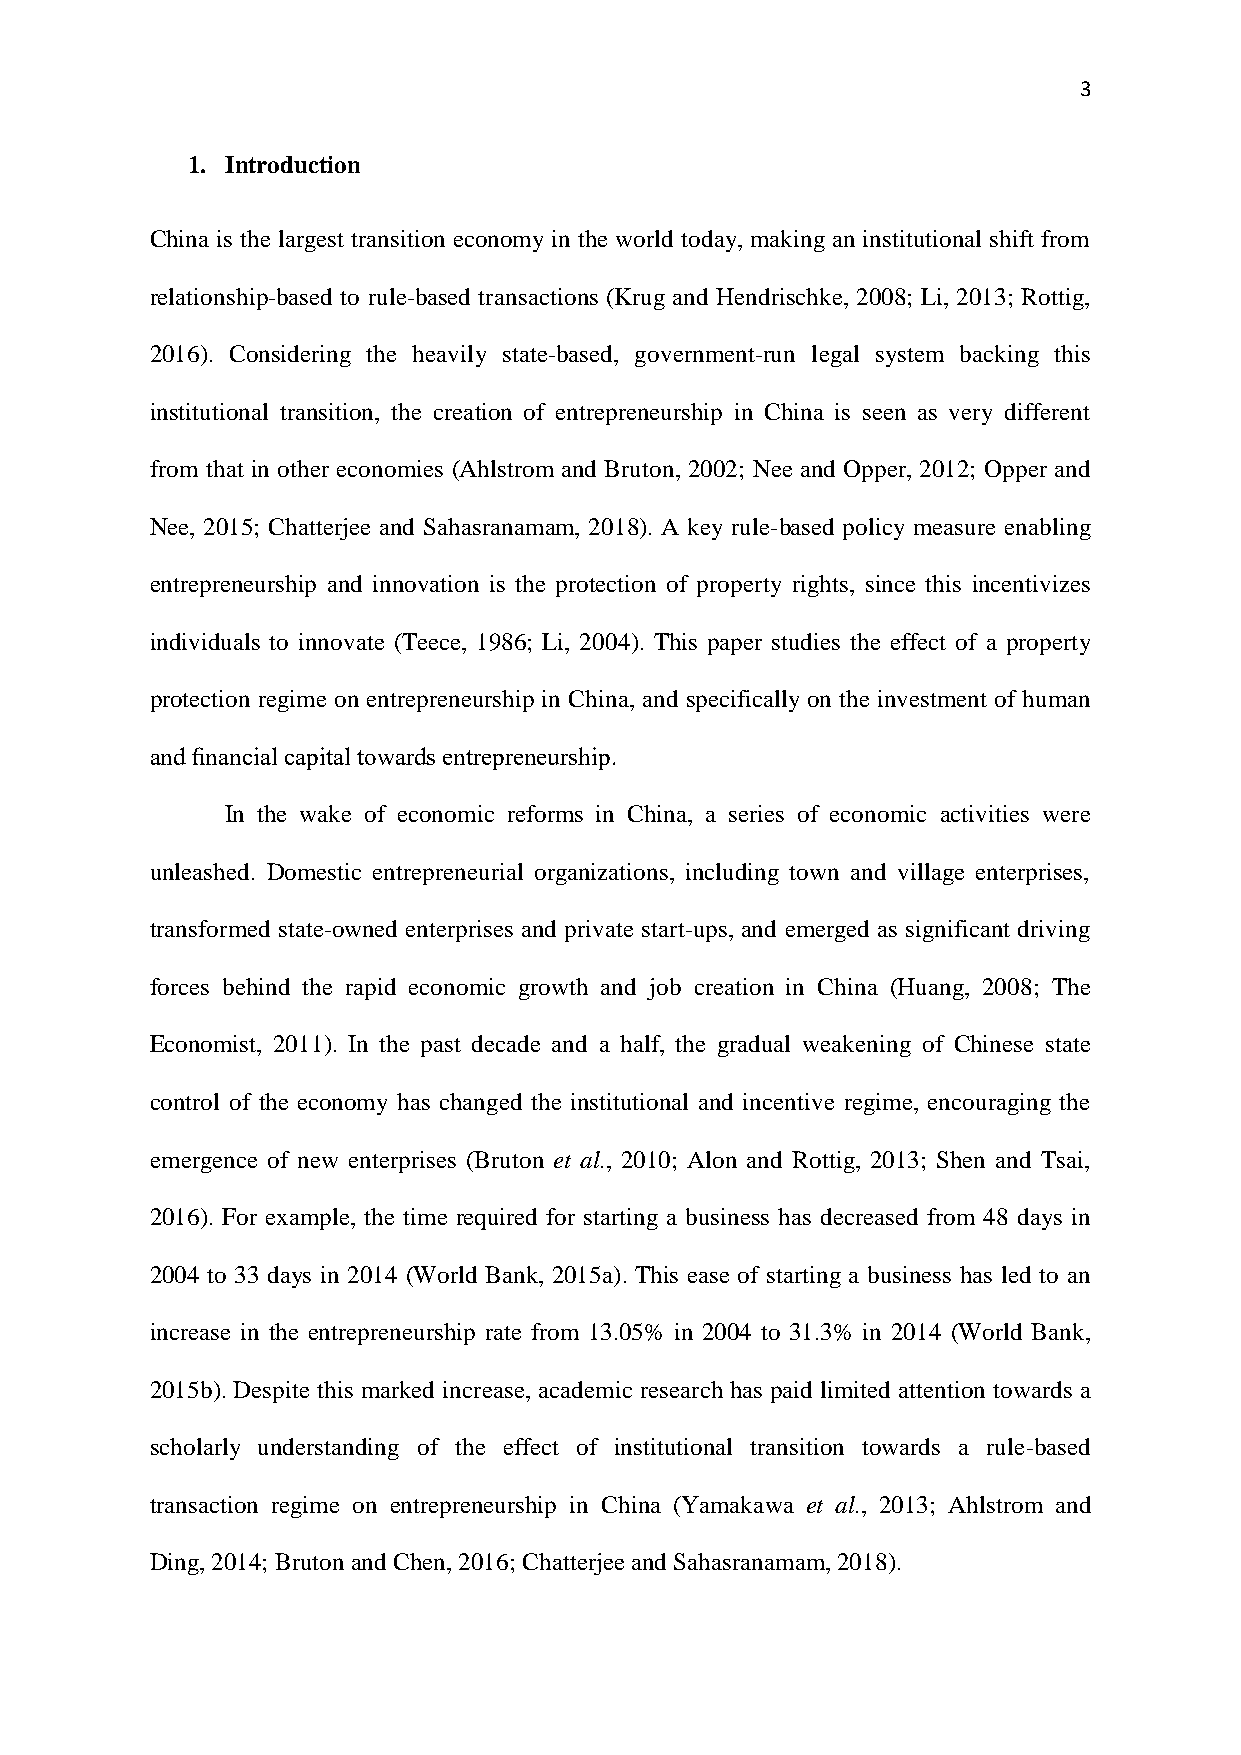
3
 1. Introduction
 China is the largest transition economy in the world today, making an institutional shift from
 relationship-based to rule-based transactions (Krug and Hendrischke, 2008; Li, 2013; Rottig,
 2016). Considering the heavily state-based, government-run legal system backing this
 institutional transition, the creation of entrepreneurship in China is seen as very different
 from that in other economies (Ahlstrom and Bruton, 2002; Nee and Opper, 2012; Opper and
 Nee, 2015; Chatterjee and Sahasranamam, 2018). A key rule-based policy measure enabling
 entrepreneurship and innovation is the protection of property rights, since this incentivizes
 individuals to innovate (Teece, 1986; Li, 2004). This paper studies the effect of a property
 protection regime on entrepreneurship in China, and specifically on the investment of human
 and financial capital towards entrepreneurship.
 In the wake of economic reforms in China, a series of economic activities were
 unleashed. Domestic entrepreneurial organizations, including town and village enterprises,
 transformed state-owned enterprises and private start-ups, and emerged as significant driving
 forces behind the rapid economic growth and job creation in China (Huang, 2008; The
 Economist, 2011). In the past decade and a half, the gradual weakening of Chinese state
 control of the economy has changed the institutional and incentive regime, encouraging the
 emergence of new enterprises (Bruton et al., 2010; Alon and Rottig, 2013; Shen and Tsai,
 2016). For example, the time required for starting a business has decreased from 48 days in
 2004 to 33 days in 2014 (World Bank, 2015a). This ease of starting a business has led to an
 increase in the entrepreneurship rate from 13.05% in 2004 to 31.3% in 2014 (World Bank,
 2015b). Despite this marked increase, academic research has paid limited attention towards a
 scholarly understanding of the effect of institutional transition towards a rule-based
 transaction regime on entrepreneurship in China (Yamakawa et al., 2013; Ahlstrom and
 Ding, 2014; Bruton and Chen, 2016; Chatterjee and Sahasranamam, 2018).